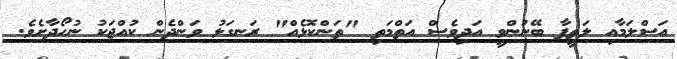
އަސްލަމާއި ލަތީފާ ބޭނުންވީ އަދިވެސް އަތްމަތި "ތަންކޮޅެއް" ރަނގަޅު ވަންދެން ކުއްޖަކު ނުހޯދާށެވެ.